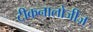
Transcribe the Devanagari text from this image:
टीकनालोजीज़